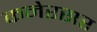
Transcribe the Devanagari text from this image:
कनेरसर